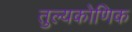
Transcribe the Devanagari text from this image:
तुल्यकोणिक